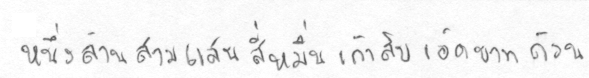
หนึ่งล้านสามแสนสี่หมื่นเก้าสิบเอ็ดบาทถ้วน